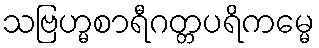
သဗြဟ္မစာရီဂတ္တပရိကမ္မေ